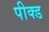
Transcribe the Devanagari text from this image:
पीक्ड